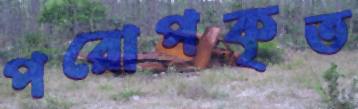
পরোপকৃত